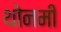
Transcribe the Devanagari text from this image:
थोनमी